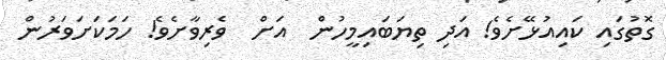
ގޮތުގައި ކައިއުޅޭށެވެ! އަދި ތިޔަބައިމީހުން  އަށް  ވެރިވާށެވެ! ހަމަކަށަވަރުން